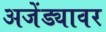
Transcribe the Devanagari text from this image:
अजेंड्यावर